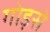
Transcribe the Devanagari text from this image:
गोड़से